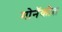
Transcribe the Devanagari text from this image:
मोनॅकोत